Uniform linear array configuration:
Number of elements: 16
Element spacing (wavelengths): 0.5
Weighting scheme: binomial
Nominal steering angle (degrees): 0
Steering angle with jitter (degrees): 1.751
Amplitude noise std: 0.05
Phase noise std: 0.05

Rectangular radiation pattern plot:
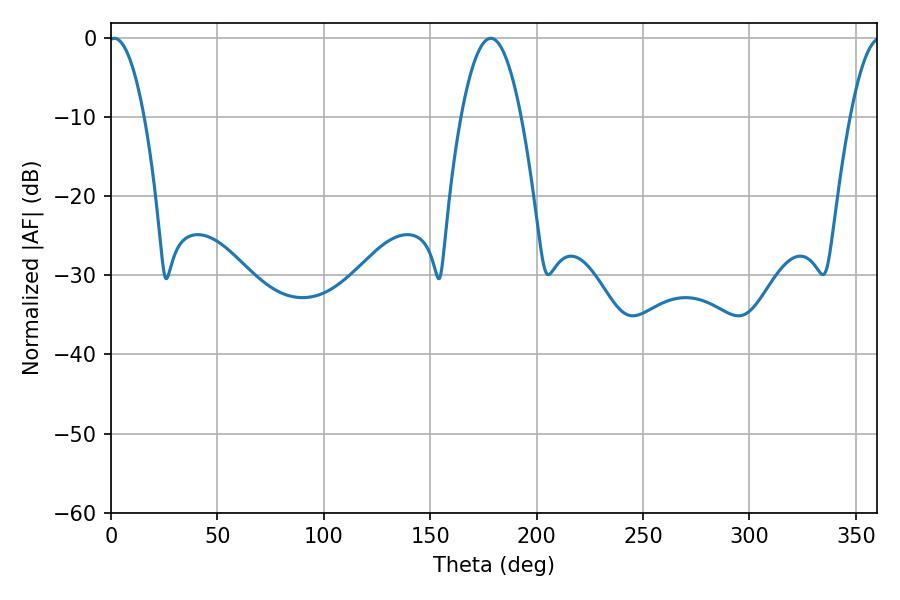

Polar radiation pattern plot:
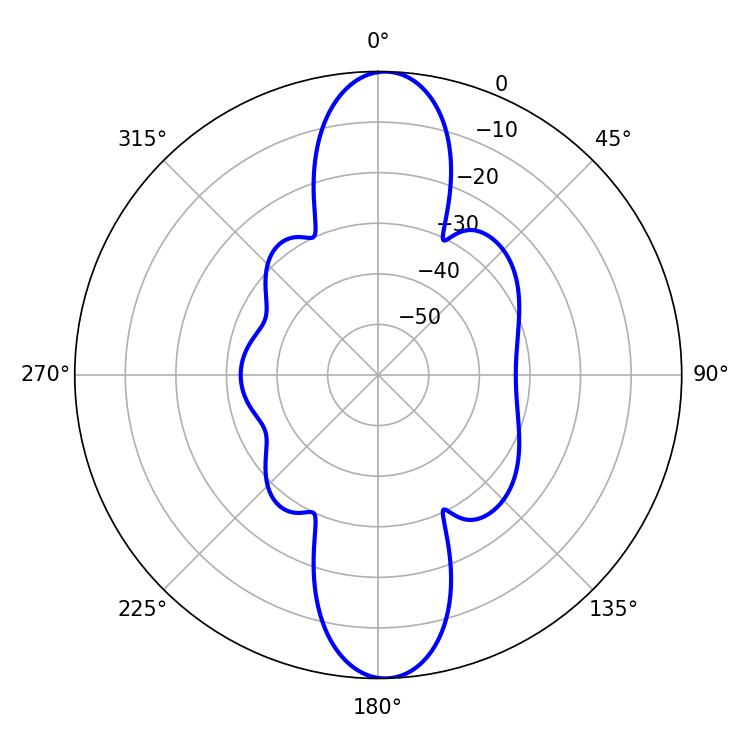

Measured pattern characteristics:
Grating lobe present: FALSE
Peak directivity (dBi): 20.928
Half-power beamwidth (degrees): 9.18
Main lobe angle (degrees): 1.62